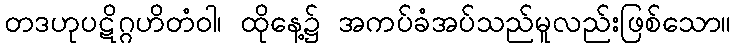
တဒဟုပဋိဂ္ဂဟိတံဝါ၊ ထိုနေ့၌ အကပ်ခံအပ်သည်မူလည်းဖြစ်သော။